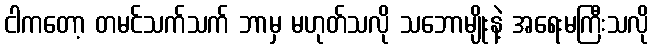
ငါကတော့ တမင်သက်သက် ဘာမှ မဟုတ်သလို သဘောမျိုးနဲ့ အရေးမကြီးသလို